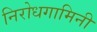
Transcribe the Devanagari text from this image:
निरोधगामिनी